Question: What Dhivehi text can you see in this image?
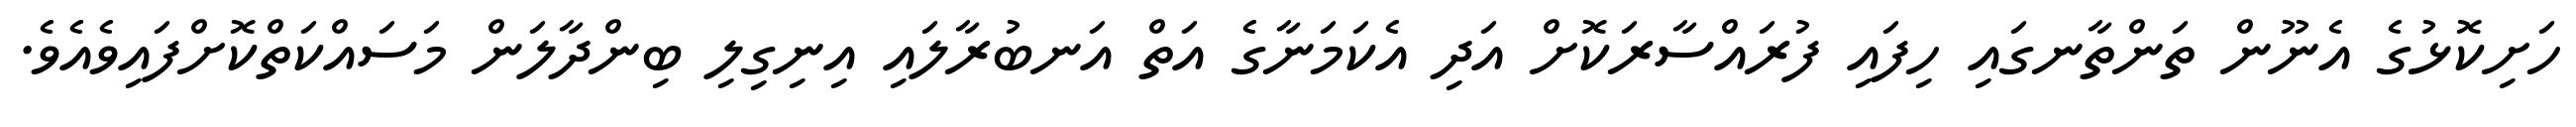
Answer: ހަށިކޮޅުގެ އެނޫން ތަންތާނގައި ހިފައި ފުރައްސާރަކޮށް އަދި އެކަމަނާގެ އަތް އަނބުރާލައި އިނިގިލި ބިންދާލަން މަސައްކަތްކޮށްފައިވެއެވެ.